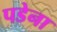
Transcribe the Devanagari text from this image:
पडेना